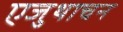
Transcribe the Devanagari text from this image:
एजुथाचन